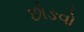
છોઙવો